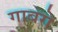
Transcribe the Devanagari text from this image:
गाबरो